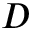
{ D }